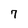
Character: 7